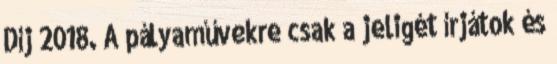
Díj 2018. A pályaművekre csak a jeligét írjátok és